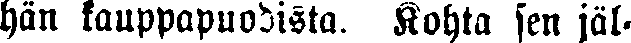
hän kauppapuodista. Kohta sen jäl-